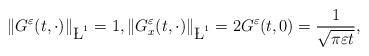
LaTeX: \begin{align*} \left\|G^{\varepsilon}(t,\cdot)\right\|_{\L^1}=1, \left\|G_{x}^{\varepsilon}(t,\cdot)\right\|_{\L^1}= 2 G^{\varepsilon}(t,0)=\frac{1}{\sqrt{\pi \varepsilon t}},\end{align*}